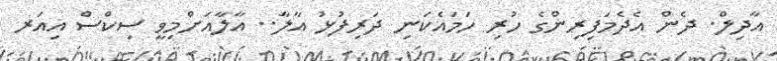
އާދިލް. ދެން އެދެމަފިރިންގެ ހުރި ހަމައެކަނި ދަރިފުޅު އާލާ.. އާލާއަށްމިވީ ސިކްސް އިއަރ